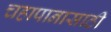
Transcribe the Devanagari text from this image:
चहापानासाठी